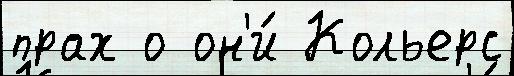
прах о он'и́ Кольерс